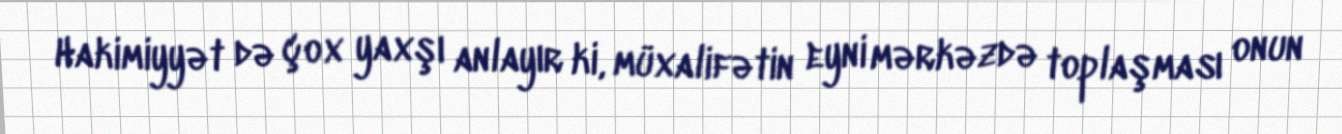
Hakimiyyət də çox yaxşı anlayır ki, müxalifətin eyni mərkəzdə toplaşması onun